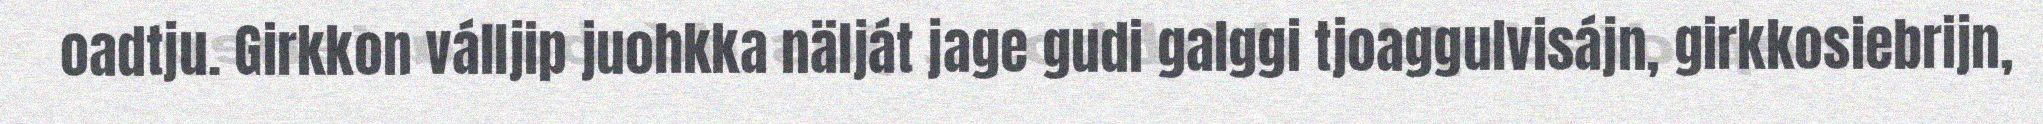
oadtju. Girkkon válljip juohkka nälját jage gudi galggi tjoaggulvisájn, girkkosiebrijn,